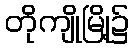
တိုကျိုမြို့၌